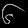
Digit: ၆